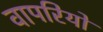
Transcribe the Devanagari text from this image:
वापरियो